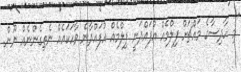
"މި ހާދިސާގެ މައްޗަށް ފިލްމެއް އުފައްދަނީ ފިލްމެއް އުފައްދާނެ ވާހަކައެއް ނެތިގެންނެއް ނޫން.